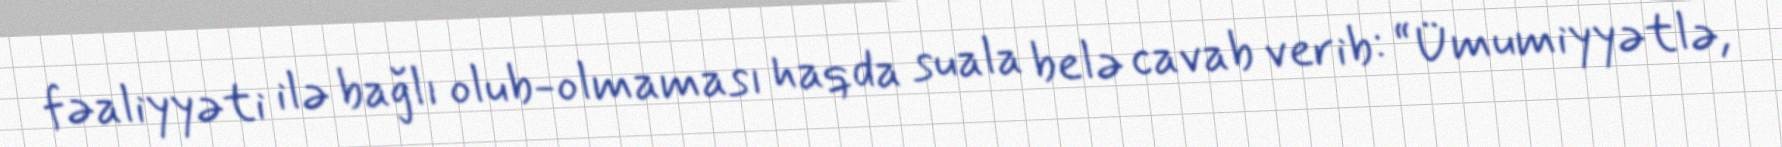
fəaliyyəti ilə bağlı olub-olmaması haqda suala belə cavab verib: “Ümumiyyətlə,